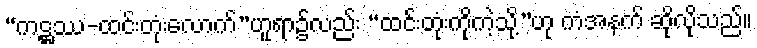
“ကဋ္ဌဿ-ထင်းတုံးလောက်”ဟူရာ၌လည်း “ထင်းတုံးကိုကဲ့သို့”ဟု ကံအနက် ဆိုလိုသည်။